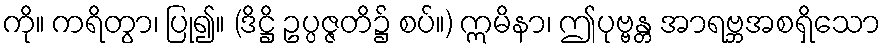
ကို။ ကရိတွာ၊ ပြု၍။ (ဒိဋ္ဌိ ဥပ္ပဇ္ဇတိ၌ စပ်။) ဣမိနာ၊ ဤပုဗ္ဗန္တ အာရဗ္ဘအစရှိသော